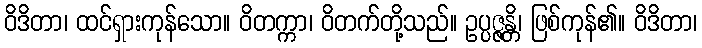
ဝိဒိတာ၊ ထင်ရှားကုန်သော။ ဝိတက္ကာ၊ ဝိတက်တို့သည်။ ဥပ္ပဇ္ဇန္တိ၊ ဖြစ်ကုန်၏။ ဝိဒိတာ၊